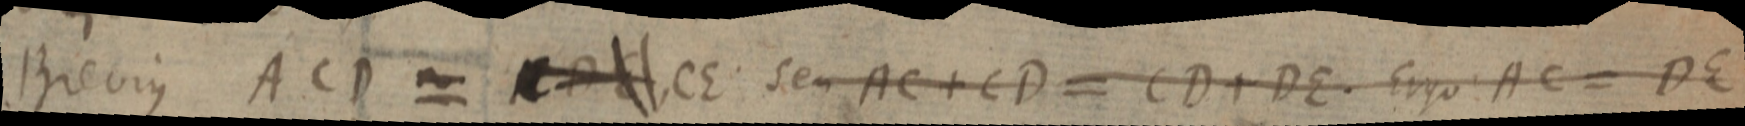
Brevius ACD = CDE, CE seu AC + CD = CD + DE. Ergo AC = DE